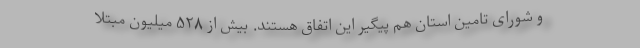
و شورای تامین استان هم پیگیر این اتفاق هستند. بیش از ۵۲۸ میلیون مبتلا